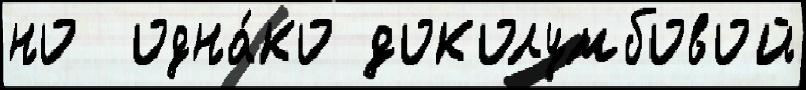
но  одна́ко доколумбовой